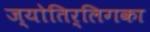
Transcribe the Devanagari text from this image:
ज्योतिर्लिगका